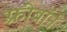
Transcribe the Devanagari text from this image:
फ़्रीबॉर्न